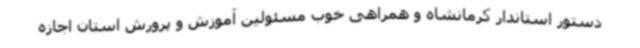
دستور استاندار کرمانشاه و همراهی خوب مسئولین آموزش و پرورش استان اجازه